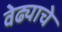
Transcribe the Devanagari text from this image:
वेढ्याचे